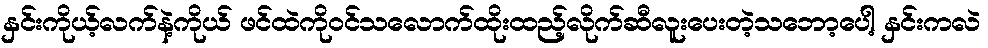
နှင်းကိုယ့်လက်နဲ့ကိုယ် ဖင်ထဲကိုဝင်သလောက်ထိုးထည့်လိုက်ဆီလူးပေးတဲ့သဘော့ပေါ့ နှင်းကလဲ